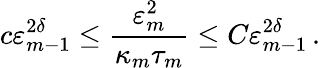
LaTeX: c\varepsilon_{m-1}^{2\delta}\leq\frac{\varepsilon_{m}^{2}}{\kappa_{m}\tau_{m}}\leq C\varepsilon_{m-1}^{2\delta}\, .